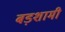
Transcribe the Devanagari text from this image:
बड़शामी